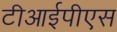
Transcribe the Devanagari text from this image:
टीआईपीएस